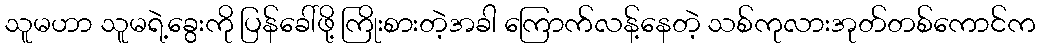
သူမဟာ သူမရဲ့ခွေးကို ပြန်ခေါ်ဖို့ ကြိုးစားတဲ့အခါ ကြောက်လန့်နေတဲ့ သစ်ကုလားအုတ်တစ်ကောင်က